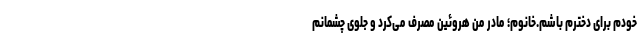
خودم برای دخترم باشم.خانوم؛ مادر من هروئین مصرف می‌کرد و جلوی چشمانم